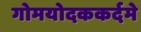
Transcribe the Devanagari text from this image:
गोमयोदककर्दमे